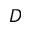
D